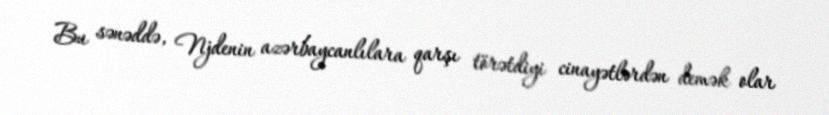
Bu sənəddə, Njdenin azərbaycanlılara qarşı törətdiyi cinayətlərdən demək olar